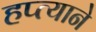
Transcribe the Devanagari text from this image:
हप्त्याने